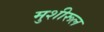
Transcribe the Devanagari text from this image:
मुशीरूल